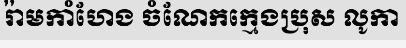
រ៉ាមកាំហែង ចំណែកក្មេងប្រុស លូកា